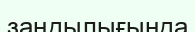
заңдылығында